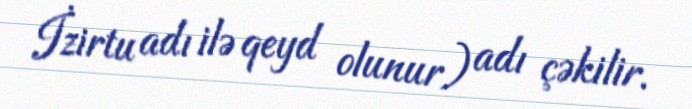
İzirtu adı ilə qeyd olunur) adı çəkilir.